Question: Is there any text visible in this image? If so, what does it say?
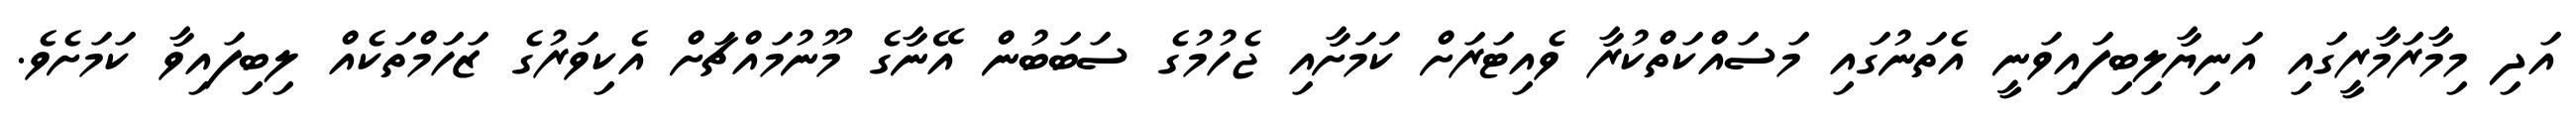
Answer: އަދި މިމާރަމާރީގައި އަނިޔާލިބިފައިވަނީ އެތަނުގައި މަސައްކަތްކުރާ ވެއިޓަރަށް ކަމަށާއި ޖެހުމުގެ ސަބަބުން އޭނާގެ މޫނުމައްޗަށް އެކިވަރުގެ ޒަހަމްތަކެއް ލިބިފައިވާ ކަމަށެވެ.